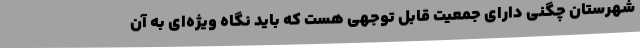
شهرستان چگنی دارای جمعیت قابل توجهی هست که باید نگاه ویژه‌ای به آن